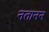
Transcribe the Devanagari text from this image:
नतानन